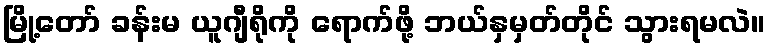
မြို့တော် ခန်းမ ယူဂျီရိုကို ရောက်ဖို့ ဘယ်နှမှတ်တိုင် သွားရမလဲ။